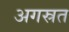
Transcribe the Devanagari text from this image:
अगस्रत